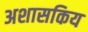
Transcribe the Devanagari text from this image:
अशासकिय